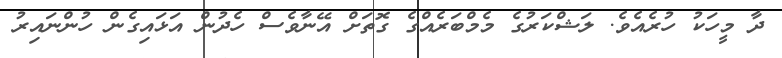
ދާ މީހަކު ހުރެއެވެ. ލަޝްކަރުގެ މެމްބަރެއްގެ ގޮތަށް އޭނާވެސް ހެދުން އަޅައިގެން ހުންނައިރު